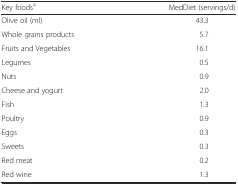
| Key foodsa | MedDiet (servings/d) |
 | --- | --- |
 | Olive oil (ml) | 43.3 |
 | Whole grains products | 5.7 |
 | Fruits and Vegetables | 16.1 |
 | Legumes | 0.5 |
 | Nuts | 0.9 |
 | Cheese and yogurt | 2.0 |
 | Fish | 1.3 |
 | Poultry | 0.9 |
 | Eggs | 0.3 |
 | Sweets | 0.3 |
 | Red meat | 0.2 |
 | Red wine | 1.3 |